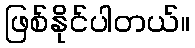
ဖြစ်နိုင်ပါတယ်။